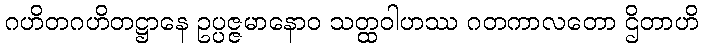
ဂဟိတဂဟိတဋ္ဌာနေ ဥပ္ပဇ္ဇမာနောဝ သတ္ထဝါဟဿ ဂတကာလတော ဌိတာဟိ